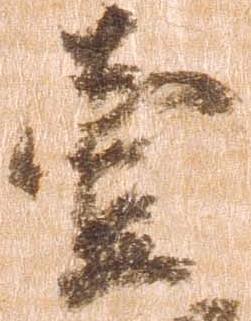
壱